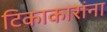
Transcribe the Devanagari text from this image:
टिकाकारांना